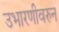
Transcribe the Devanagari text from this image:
उभारणीवरुन